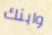
وابنك